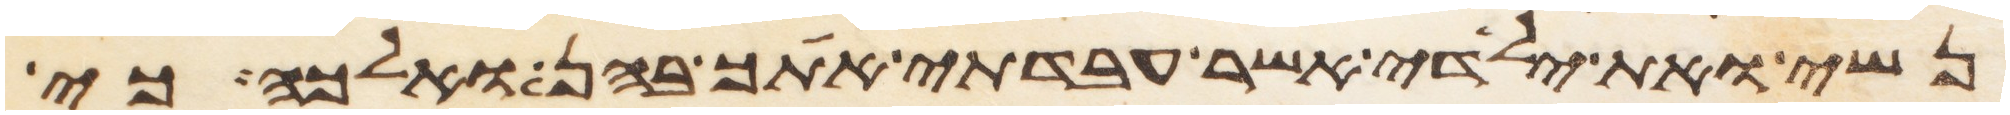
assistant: נשי ואת ילדי אשר עבדתי אתך בהן ואלכה כי